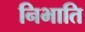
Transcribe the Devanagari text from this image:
निभाति